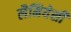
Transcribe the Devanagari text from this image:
लैमियेसी